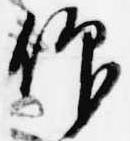
仰